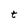
Character: t